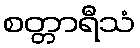
စတ္တာရီသံ